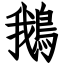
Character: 鵝